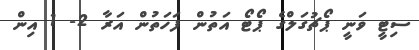
ސިޓީ ވަނީ ޕޯޗުގަލްގެ ޕޯޓޯ އަތުން ފަހަތުން އަރާ 2- 1 އިން